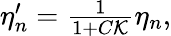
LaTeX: \begin{array}{r}{\eta_{n}^{\prime}=\frac{1}{1+C{\cal K}}\eta_{n},}\end{array}